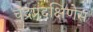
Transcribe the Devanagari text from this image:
चंद्रप्रदक्षिणेस